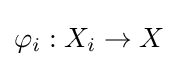
\varphi _{i}:X_{i}\to X